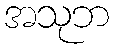
အသုဘ